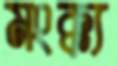
মংক্ক্য